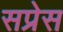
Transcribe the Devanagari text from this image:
सप्रेस